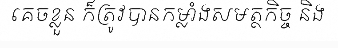
គេចខ្លួន ក៏ត្រូវបានកម្លាំងសមត្ថកិច្ច និង